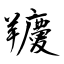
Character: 羻